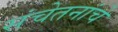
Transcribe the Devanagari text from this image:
संचेतनांचे